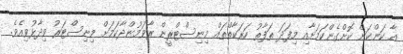
އާ ކަންކަން ކޮށްގެންކަމަށާއި މިފަދަ ތަފާތު ހަރަކާތްތައް މިނިސްޓްރީން ރާވަމުންދާކަމަށް މިނިސްޓަރު ވިދާޅުވިއެވެ.